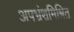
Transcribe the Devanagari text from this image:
अपभ्रंशमिश्रित